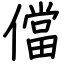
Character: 儅